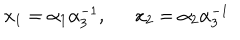
x _ { 1 } = \alpha _ { 1 } \alpha _ { 3 } ^ { - 1 } , x _ { 2 } = \alpha _ { 2 } \alpha _ { 3 } ^ { - 1 }